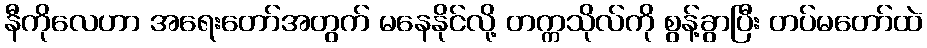
နီကိုလေဟာ အရေးတော်အတွက် မနေနိုင်လို့ တက္ကသိုလ်ကို စွန့်ခွာပြီး တပ်မတော်ထဲ